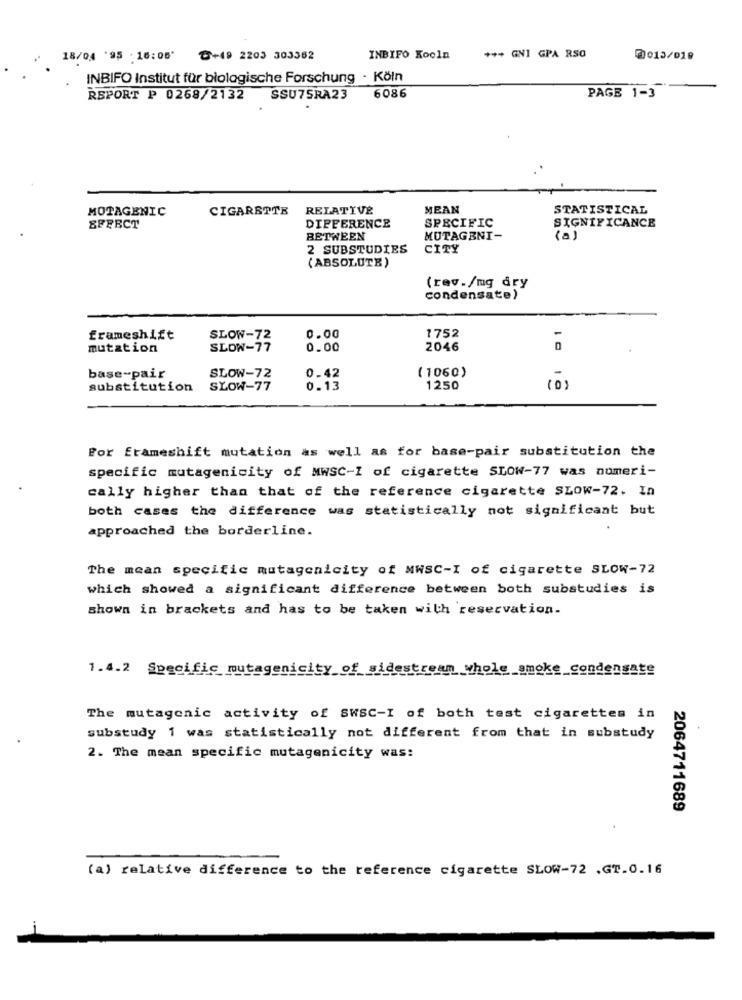
*** GNI GPA RSO
18/0,4 '95 : 16:08' 0+19 2203 303362
INBIFO Kooln
20013/019
INBIFO Institut für biologische Forschung - Köln
6086
PAGE 1-3
REPORT P 0268/2132
SSU75RA23
MOTAGENIC
CIGARETTE
RELATIVE
MEAN
STATISTICAL
SFFECT
DIFFERENCE
SPECIFIC
SIGNIFICANCE
BETWEEN
MUTAGENI-
(a)
2 SUBSTUDIES
CITY
(ABSOLUTE)
(rev./mg dry
condensate)
1752
-
frameshift
SLOW-72
0.00
mutation
SLOW-77
0.00
2046
(1060)
base-pair
SLOW-72
0.42
substitution
SŁOW-77
0.13
1250
(0)
For Etameshift mutation as well as for base-pair substitution the
specific mutagenicity of MWSC-I of cigarette SLOW-77 was numeri-
cally higher than that of the reference cigarette SLOW-72. In
both cases the difference was statistically not significant but
approached the borderline.
The mean specific mutagenicity of MWSC-I of cigarette SLOW-72
which showed a significant difference between both substudies is
shown in brackets and has to be taken with reservation.
1.4.2 Specific mutagenicity_of_si
stream whole _smoke_condengate
The mutagenic activity of SWSC-I of both test cigarettes in
substudy 1 was statistically not different from that in substudy
2. The mean specific mutagenicity was:
2064711689
(a) relative difference to the reference cigarette SLOW-72 .GT.0.16